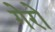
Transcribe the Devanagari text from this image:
गेरो